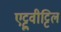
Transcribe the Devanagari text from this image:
एट्टुवीट्टिल